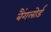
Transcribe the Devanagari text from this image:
बैंगलोर्ड